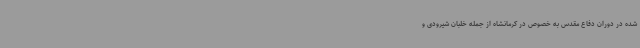
شده در دوران دفاع مقدس به خصوص در کرمانشاه از جمله خلبان شیرودی و